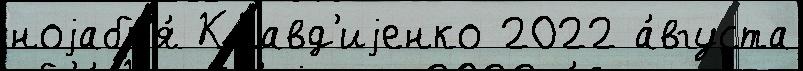
ноjабр'я́ Клавд'иjенко 2022 а́вгуста